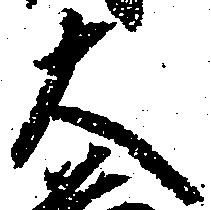
大